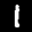
Label: 1